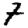
Digit: 7